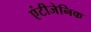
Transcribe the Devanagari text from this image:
एंटीजेनिक